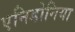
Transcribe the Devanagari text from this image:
एनिडोनिया